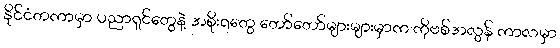
နိုင်ငံတကာမှာ ပညာရှင်တွေနဲ့ အစိုးရတွေ တော်တော်များများမှာက ကိုဗစ်အလွန် ကာလမှာ